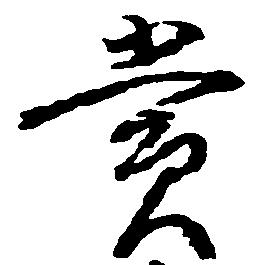
賞